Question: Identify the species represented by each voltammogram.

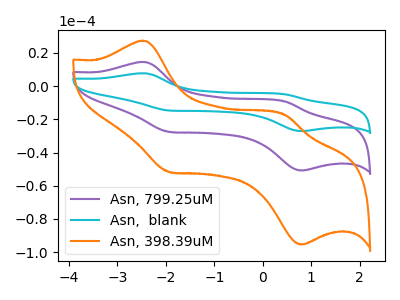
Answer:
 <answer>The purple curve is labeled "Asn, 799.25uM". The cyan curve is labeled "Asn,  blank". The orange curve is labeled "Asn, 398.39uM".</answer>
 <eval></eval>